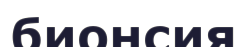
бионсия